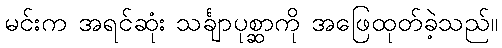
မင်းက အရင်ဆုံး သင်္ချာပုစ္ဆာကို အဖြေထုတ်ခဲ့သည်။